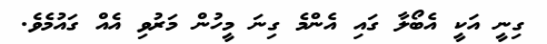
ގިނީ އަކީ އެބޯލާ ގައި އެންމެ ގިނަ މީހުން މަރުވި އެއް ގައުމެވެ.